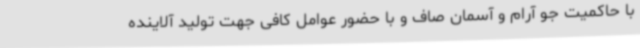
با حاکمیت جو آرام و آسمان صاف و با حضور عوامل کافی جهت تولید آلاینده